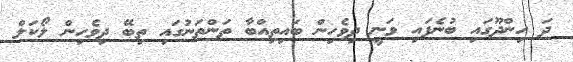
ދަ ހިންދޫގައި ބުނެފައި ވަނީ ދިވެހިން ބައިތިއްބާ ތަންތަނުގައި ތިބޭ ދިވެހިން ލޯކަލް